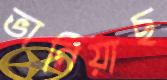
ভানিয়াছ